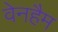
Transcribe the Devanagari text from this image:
वेनहैम